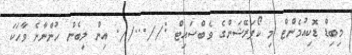
މިބިޑް ޑޮކިއުމެންޓް މި ކޯޕަރޭޝަންގެ ވެބްސައިޓް ://...//. އިން ލިބެން ހުންނާނެ ވާހަކަ